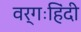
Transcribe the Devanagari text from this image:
वर्गःहिंदी